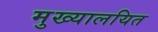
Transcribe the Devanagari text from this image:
मुख्यालयित